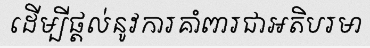
ដើម្បីផ្តល់នូវការគាំពារជាអតិបរមា